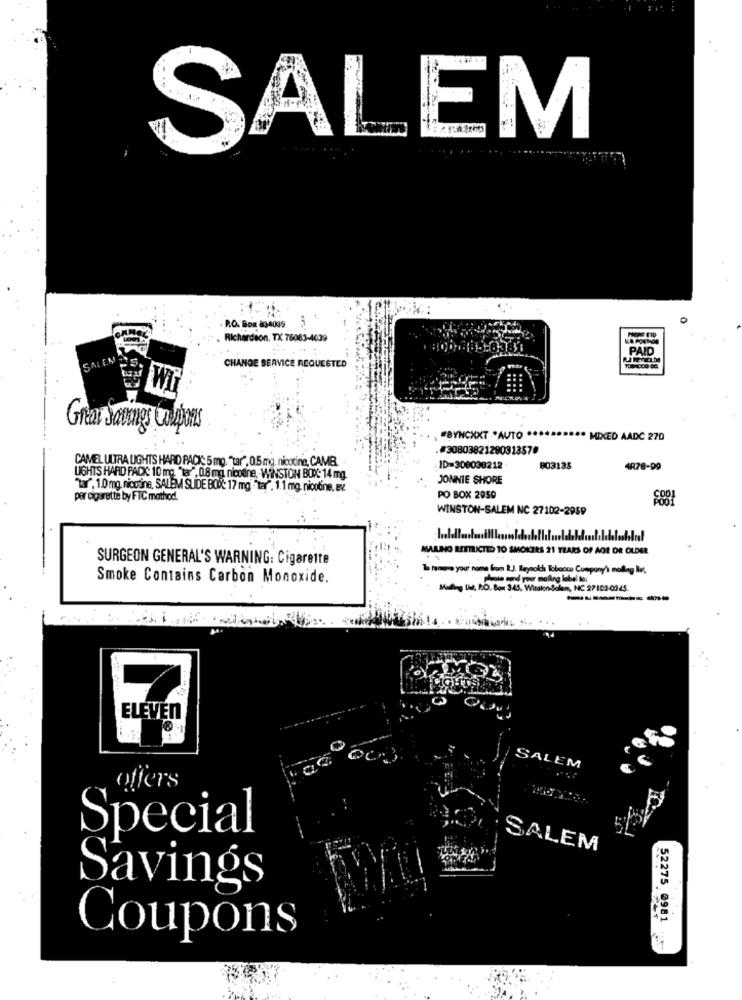
SALEM
P.O. Box 834039
Richardson, TX 76083-4039
PAID
SA
CHANGE SERVICE REQUESTED
Great Savings Colors
#BYNCXXT -* AUTO **
MIXED AADC 270
#30803821280313570
CAMEL ULTRA LIGHTS HARD PACK: 5 mg. "tar", 0.5 mg, nicotine, CAMB.
ID=300038212
803135
4878-99
LIGHTS HARD PACK: 10 mg. "tar", 0.8 mg, nicotine .- WINSTON BOX: 14 mg.
JONNIE SHORE
"tar", 1.0 mg, nicotine, SALEM SUDE BOX: 17 mg -tar". 1.1 mg. nicotine, Ev.
per cigarette by FTC mathod.
PO BOX 2050
WINSTON-SALEM NC 27102-2959
MAILNO RESTRICTED TO SMOKERS 21 YEARS OF AGE OR OLDER
SURGEON GENERAL'S WARNING: Cigarette
Is tanoo your name from R.J. Reynolds Tobacco Company's noding in,
Smoke Contains Carbon Monoxide.
Maling Use, P.O. Box 345, Wingkon Solam, N
------
ELEVEN
003.
SALEM
offers
Special
SALEM
Savings
52275 0981
Coupons